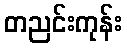
တညင်းကုန်း